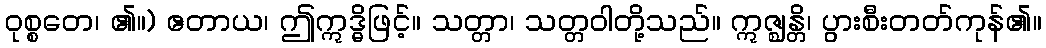
ဝုစ္စတေ၊ ၏။) ဧတာယ၊ ဤဣဒ္ဓိဖြင့်။ သတ္တာ၊ သတ္တဝါတို့သည်။ ဣဇ္ဈန္တိ၊ ပွားစီးတတ်ကုန်၏။